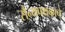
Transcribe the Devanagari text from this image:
सैन्यपथकाचे